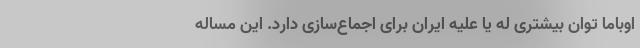
اوباما توان بیشتری له یا علیه ایران برای اجماع‌سازی دارد. این مساله